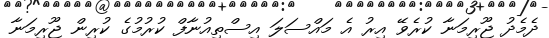
ދެމެދު ޖޫރިމަނާ ކުރެވޭ އިރު އެ މައްސަލަ އިސްތިއުނާފް ކުރުމުގެ ކުރިން ޖޫރިމަނާ